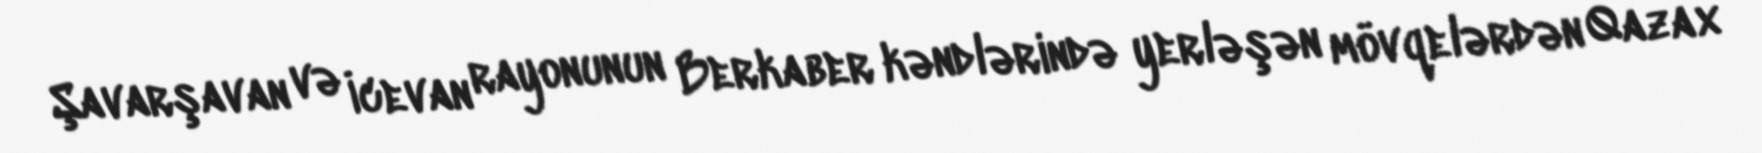
Şavarşavan və İcevan rayonunun Berkaber kəndlərində yerləşən mövqelərdən Qazax